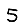
Digit: 5